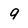
Character: 9